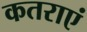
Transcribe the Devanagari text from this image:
कतराएं